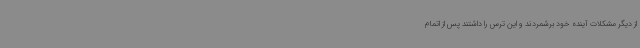
از دیگر مشکلات آینده خود برشمردند و این ترس را داشتند پس از اتمام